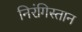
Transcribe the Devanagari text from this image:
निरंगिस्तान